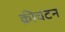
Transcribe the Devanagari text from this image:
क्रीचटन